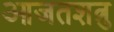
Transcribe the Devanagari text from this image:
आजतशत्रु